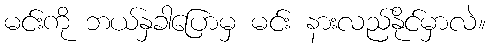
မင်းကို ဘယ်နှခါပြောမှ မင်း နားလည်နိုင်မှာလဲ။